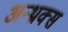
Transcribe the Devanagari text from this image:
अन्थ्राक्स